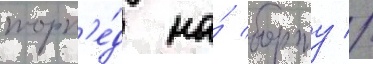
торп'е́д на́ борту //